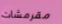
مقرمشات